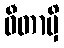
ဓီတာမှိ